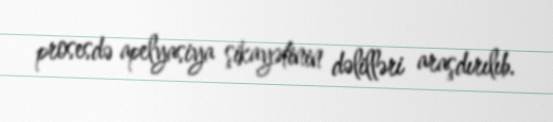
prosesdə apelyasiya şikayətinin dəlilləri araşdırılıb.